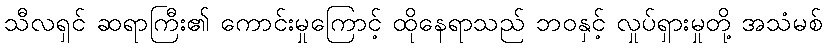
သီလရှင် ဆရာကြီး၏ ကောင်းမှုကြောင့် ထိုနေရာသည် ဘဝနှင့် လှုပ်ရှားမှုတို့ အသံမစ်